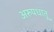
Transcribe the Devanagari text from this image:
अरुपधातू